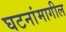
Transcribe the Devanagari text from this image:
घटनांमागील